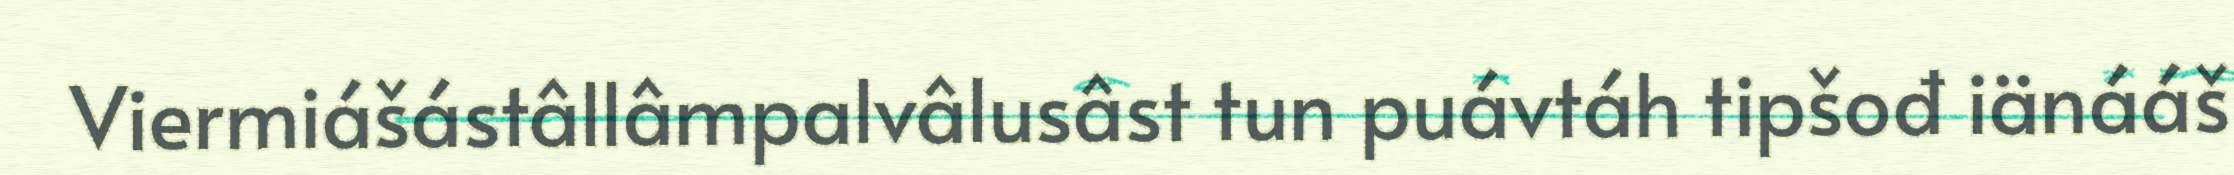
Viermiášástâllâmpalvâlusâst tun puávtáh tipšođ iänááš